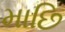
માછિ